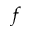
f